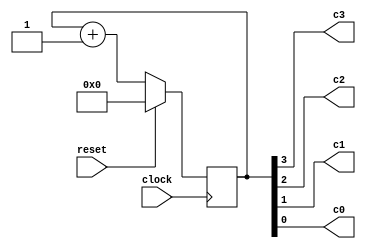
module uut_always01(clock, reset, c3, c2, c1, c0);

input clock, reset;
output c3, c2, c1, c0;
reg [3:0] count;

assign {c3, c2, c1, c0} = count;

always @(posedge clock)
	count <= reset ? 0 : count + 1;

endmodule